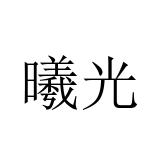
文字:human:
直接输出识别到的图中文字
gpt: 曦光